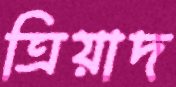
ত্রিয়াদ